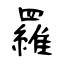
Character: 羅